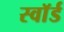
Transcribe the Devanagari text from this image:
स्वाॅर्ड